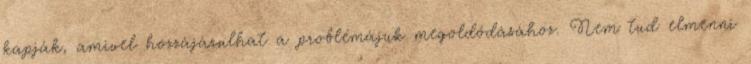
kapják, amivel hozzájárulhat a problémájuk megoldódásához. Nem tud elmenni